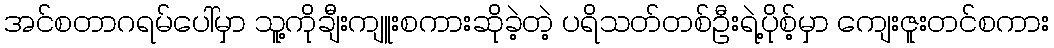
အင်စတာဂရမ်ပေါ်မှာ သူ့ကိုချီးကျူးစကားဆိုခဲ့တဲ့ ပရိသတ်တစ်ဦးရဲ့ပိုစ့်မှာ ကျေးဇူးတင်စကား